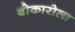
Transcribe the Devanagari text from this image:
बोकारोला